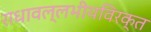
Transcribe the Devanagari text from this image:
राधावल्लभीयविरक्त